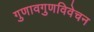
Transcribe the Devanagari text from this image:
गुणावगुणविवेचन